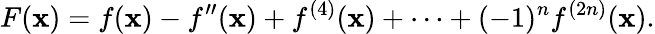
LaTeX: F(\mathbf{x})=f(\mathbf{x})-f^{\prime\prime}(\mathbf{x})+f^{(4)}(\mathbf{x})+\cdots+(-1)^{n}f^{(2n)}(\mathbf{x}).